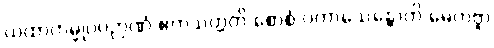
ယထာကမ္မုပဂဉာဏံ ဧကသတ္တတိ စောစံ ပကာသေန္တောတိ မေတဗ္ဗာ